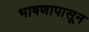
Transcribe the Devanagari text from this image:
भाषणापासून